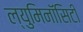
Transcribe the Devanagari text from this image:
ल्युमिनॉसिटी